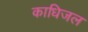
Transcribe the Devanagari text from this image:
काधिजल